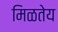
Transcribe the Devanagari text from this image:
मिळतेय